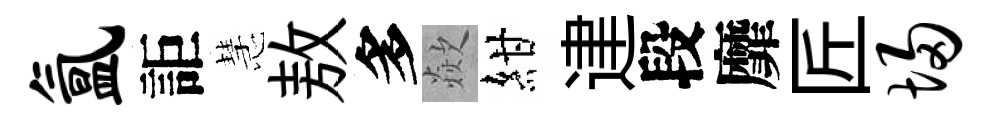
氲詎慧敖多歘紺䢖段靡匠埽